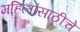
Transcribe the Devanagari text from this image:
महिलांसाठीचे